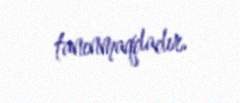
tanınmaqdadır.